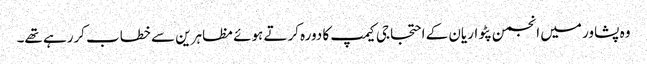
وہ پشاور میں انجمن پٹواریان کے احتجاجی کیمپ کا دورہ کرتے ہوئے مظاہرین سے خطاب کررہے تھے۔